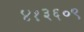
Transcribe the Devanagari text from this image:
४१३६०९